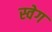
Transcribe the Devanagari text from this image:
स्वेग